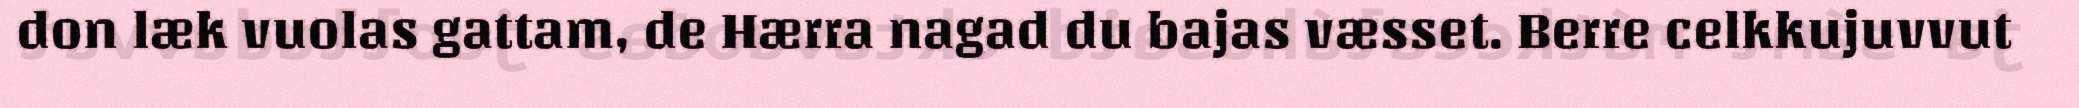
don læk vuolas gattam, de Hærra nagad du bajas væsset. Berre celkkujuvvut